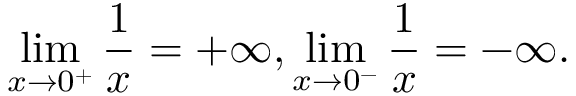
\operatorname* { l i m } _ { x \to 0 ^ { + } } { \frac { 1 } { x } } = + \infty , \operatorname* { l i m } _ { x \to 0 ^ { - } } { \frac { 1 } { x } } = - \infty .